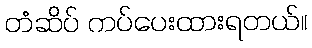
တံဆိပ် ကပ်ပေးထားရတယ်။